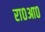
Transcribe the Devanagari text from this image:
रा०आ०